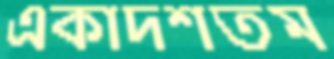
একাদশতম